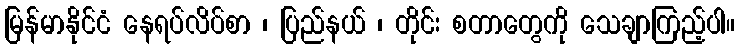
မြန်မာနိုင်ငံ နေရပ်လိပ်စာ ၊ ပြည်နယ် ၊ တိုင်း စတာတွေကို သေချာကြည့်ပါ။